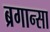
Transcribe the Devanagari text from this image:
ब्रगान्सा